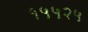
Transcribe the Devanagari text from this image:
१५५२५